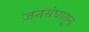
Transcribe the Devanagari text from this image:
जनसंघातून